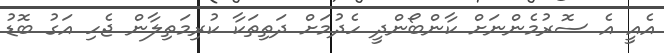
އެއީ އެ ސޮރުމެންނަށް ކާންބޯންދީ ހެދުމަށް ދަތިތަކާ ކުރިމަތިލާން ޖެހި އަަގު ބޮޑު